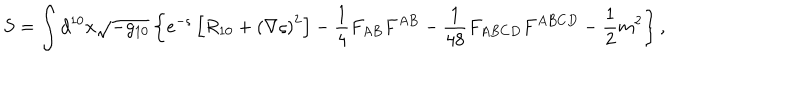
LaTeX: S = \int d ^ { 1 0 } x \sqrt { - g _ { 1 0 } } \left\{ e ^ { - \varsigma } \left[ R _ { 1 0 } + \left( \nabla \varsigma \right) ^ { 2 } \right] - \frac { 1 } { 4 } F _ { A B } F ^ { A B } - \frac { 1 } { 4 8 } F _ { A B C D } F ^ { A B C D } - \frac { 1 } { 2 } m ^ { 2 } \right\} ,